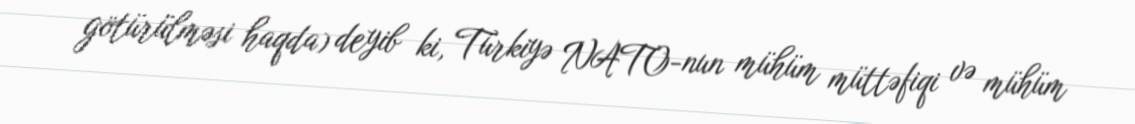
götürülməsi haqda) deyib ki, Türkiyə NATO-nun mühüm müttəfiqi və mühüm